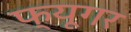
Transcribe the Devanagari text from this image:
फ्यूगर